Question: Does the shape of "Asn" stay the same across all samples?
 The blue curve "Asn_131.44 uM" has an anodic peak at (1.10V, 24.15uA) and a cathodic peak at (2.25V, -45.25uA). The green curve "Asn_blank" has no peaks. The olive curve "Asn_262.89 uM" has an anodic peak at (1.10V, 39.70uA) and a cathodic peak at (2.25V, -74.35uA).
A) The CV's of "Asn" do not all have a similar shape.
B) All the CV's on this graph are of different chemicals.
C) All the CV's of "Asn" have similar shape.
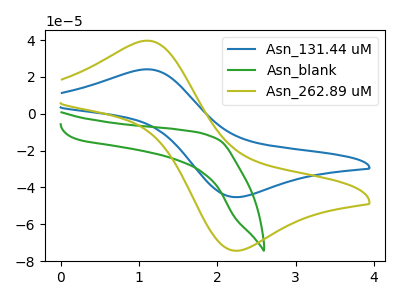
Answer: <think>"Asn_131.44 uM" and "Asn_blank" have a different number of peaks. All the peaks in "Asn_131.44 uM" have a peak in "Asn_262.89 uM" at the same potential. Every peak in "Asn_131.44 uM" is lower than every peak in "Asn_262.89 uM". "Asn_blank" and "Asn_262.89 uM" have a different number of peaks.
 </think>
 <answer>C) All the CV's of "Asn" have similar shape.</answer>
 <eval>C</eval>